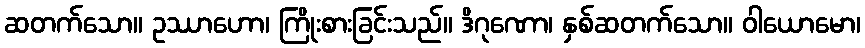
ဆတက်သော။ ဥဿာဟော၊ ကြိုးစားခြင်းသည်။ ဒိဂုဏော၊ နှစ်ဆတက်သော။ ဝါယောမော၊